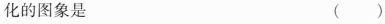
化的图象是 ( )